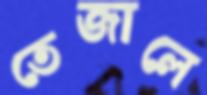
তেজালে